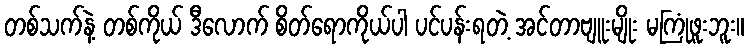
တစ်သက်နဲ့ တစ်ကိုယ် ဒီလောက် စိတ်ရောကိုယ်ပါ ပင်ပန်းရတဲ့ အင်တာဗျူးမျိုး မကြုံဖူးဘူး။